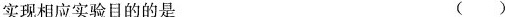
实现相应实验目的的是( )